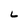
Character: L